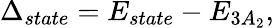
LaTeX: \Delta_{state}=E_{state}-E_{3A_{2}},